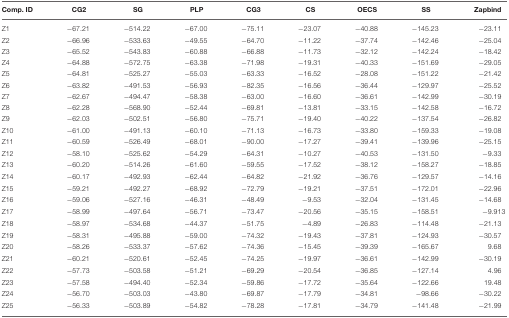
<table><thead><tr><td><b>Comp. ID</b></td><td><b>CG2</b></td><td><b>SG</b></td><td><b>PLP</b></td><td><b>CG3</b></td><td><b>CS</b></td><td><b>OECS</b></td><td><b>SS</b></td><td><b>Zapbind</b></td></tr></thead><tbody><tr><td>Z1</td><td>−67.21</td><td>−514.22</td><td>−67.00</td><td>−75.11</td><td>−23.07</td><td>−40.88</td><td>−145.23</td><td>−23.11</td></tr><tr><td>Z2</td><td>−66.96</td><td>−533.63</td><td>−49.55</td><td>−64.70</td><td>−11.22</td><td>−37.74</td><td>−142.46</td><td>−25.04</td></tr><tr><td>Z3</td><td>−65.52</td><td>−543.83</td><td>−60.88</td><td>−66.88</td><td>−11.73</td><td>−32.12</td><td>−142.24</td><td>−18.42</td></tr><tr><td>Z4</td><td>−64.88</td><td>−572.75</td><td>−63.38</td><td>−71.98</td><td>−19.31</td><td>−40.33</td><td>−151.69</td><td>−29.05</td></tr><tr><td>Z5</td><td>−64.81</td><td>−525.27</td><td>−55.03</td><td>−63.33</td><td>−16.52</td><td>−28.08</td><td>−151.22</td><td>−21.42</td></tr><tr><td>Z6</td><td>−63.82</td><td>−491.53</td><td>−56.93</td><td>−82.35</td><td>−16.56</td><td>−36.44</td><td>−129.97</td><td>−25.52</td></tr><tr><td>Z7</td><td>−62.67</td><td>−494.47</td><td>−58.38</td><td>−63.00</td><td>−16.60</td><td>−36.61</td><td>−142.99</td><td>−30.19</td></tr><tr><td>Z8</td><td>−62.28</td><td>−568.90</td><td>−52.44</td><td>−69.81</td><td>−13.81</td><td>−33.15</td><td>−142.58</td><td>−16.72</td></tr><tr><td>Z9</td><td>−62.03</td><td>−502.51</td><td>−56.80</td><td>−75.71</td><td>−19.40</td><td>−40.22</td><td>−137.54</td><td>−26.82</td></tr><tr><td>Z10</td><td>−61.00</td><td>−491.13</td><td>−60.10</td><td>−71.13</td><td>−16.73</td><td>−33.80</td><td>−159.33</td><td>−19.08</td></tr><tr><td>Z11</td><td>−60.59</td><td>−526.49</td><td>−68.01</td><td>−90.00</td><td>−17.27</td><td>−39.41</td><td>−139.96</td><td>−25.15</td></tr><tr><td>Z12</td><td>−58.10</td><td>−525.62</td><td>−54.29</td><td>−64.31</td><td>−10.27</td><td>−40.53</td><td>−131.50</td><td>−9.33</td></tr><tr><td>Z13</td><td>−60.20</td><td>−514.26</td><td>−61.60</td><td>−59.55</td><td>−17.52</td><td>−38.12</td><td>−158.27</td><td>−18.85</td></tr><tr><td>Z14</td><td>−60.17</td><td>−492.93</td><td>−62.44</td><td>−64.82</td><td>−21.92</td><td>−36.76</td><td>−129.57</td><td>−14.16</td></tr><tr><td>Z15</td><td>−59.21</td><td>−492.27</td><td>−68.92</td><td>−72.79</td><td>−19.21</td><td>−37.51</td><td>−172.01</td><td>−22.96</td></tr><tr><td>Z16</td><td>−59.06</td><td>−527.16</td><td>−46.31</td><td>−48.49</td><td>−9.53</td><td>−32.04</td><td>−131.45</td><td>−14.68</td></tr><tr><td>Z17</td><td>−58.99</td><td>−497.64</td><td>−56.71</td><td>−73.47</td><td>−20.56</td><td>−35.15</td><td>−158.51</td><td>−9.913</td></tr><tr><td>Z18</td><td>−58.97</td><td>−534.68</td><td>−44.37</td><td>−51.75</td><td>−4.89</td><td>−26.83</td><td>−114.48</td><td>−21.13</td></tr><tr><td>Z19</td><td>−58.31</td><td>−495.88</td><td>−59.00</td><td>−74.32</td><td>−19.43</td><td>−37.81</td><td>−124.93</td><td>−30.57</td></tr><tr><td>Z20</td><td>−58.26</td><td>−533.37</td><td>−57.62</td><td>−74.36</td><td>−15.45</td><td>−39.39</td><td>−165.67</td><td>9.68</td></tr><tr><td>Z21</td><td>−60.21</td><td>−520.61</td><td>−52.45</td><td>−74.25</td><td>−19.97</td><td>−36.61</td><td>−142.99</td><td>−30.19</td></tr><tr><td>Z22</td><td>−57.73</td><td>−503.58</td><td>−51.21</td><td>−69.29</td><td>−20.54</td><td>−36.85</td><td>−127.14</td><td>4.96</td></tr><tr><td>Z23</td><td>−57.58</td><td>−494.40</td><td>−52.34</td><td>−59.86</td><td>−17.72</td><td>−35.64</td><td>−122.66</td><td>19.48</td></tr><tr><td>Z24</td><td>−56.70</td><td>−503.03</td><td>−43.80</td><td>−69.87</td><td>−17.79</td><td>−34.81</td><td>−98.66</td><td>−30.22</td></tr><tr><td>Z25</td><td>−56.33</td><td>−503.89</td><td>−54.82</td><td>−78.28</td><td>−17.81</td><td>−34.79</td><td>−141.48</td><td>−21.99</td></tr></tbody></table>